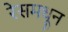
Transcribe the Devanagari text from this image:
रेसमधून